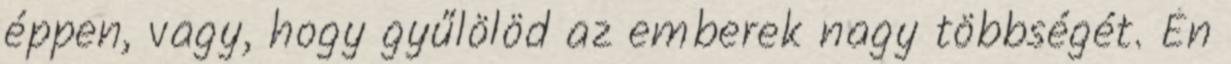
éppen, vagy, hogy gyűlölöd az emberek nagy többségét. Én